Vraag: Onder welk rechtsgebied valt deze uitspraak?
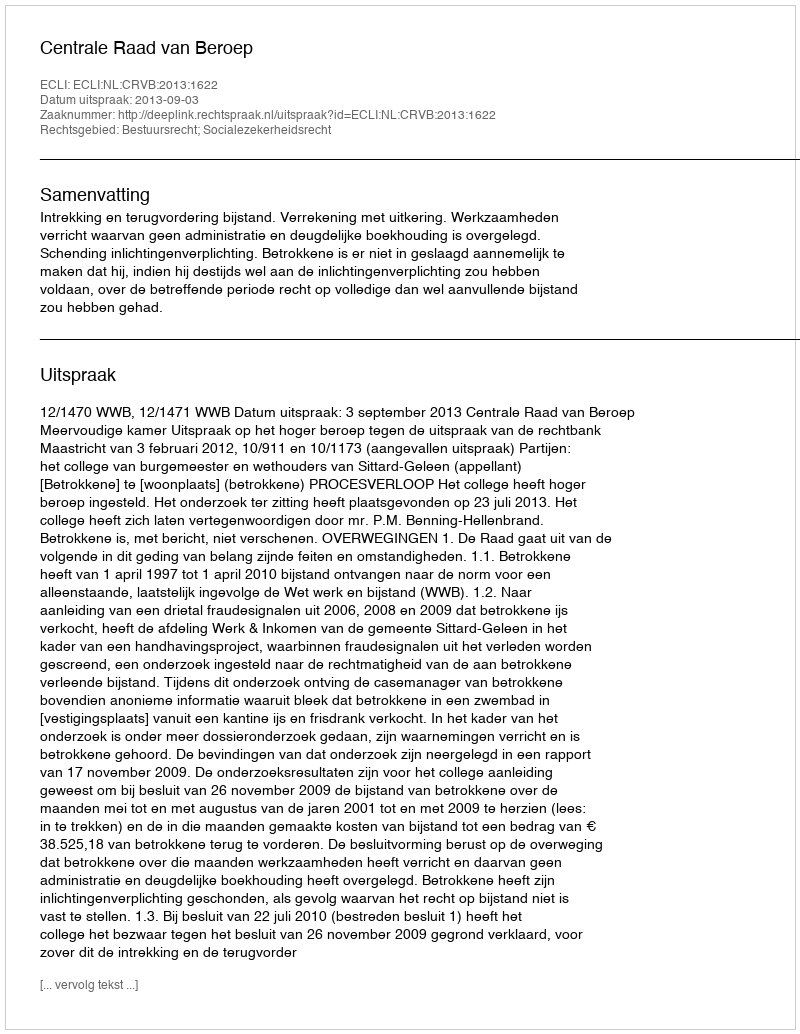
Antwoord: Bestuursrecht; Socialezekerheidsrecht